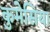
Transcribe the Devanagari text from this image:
कुमेसिया